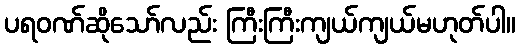
ပရဝဏ်ဆိုသော်လည်း ကြီးကြီးကျယ်ကျယ်မဟုတ်ပါ။